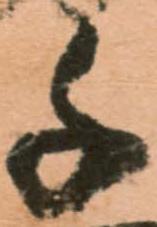
千